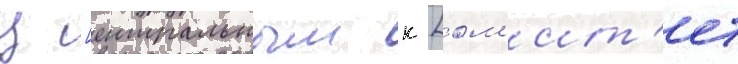
ц [ентральным к [ом'ит'ет